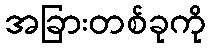
အခြားတစ်ခုကို